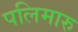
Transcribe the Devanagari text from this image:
पलिमारु